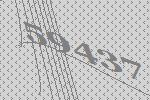
59437